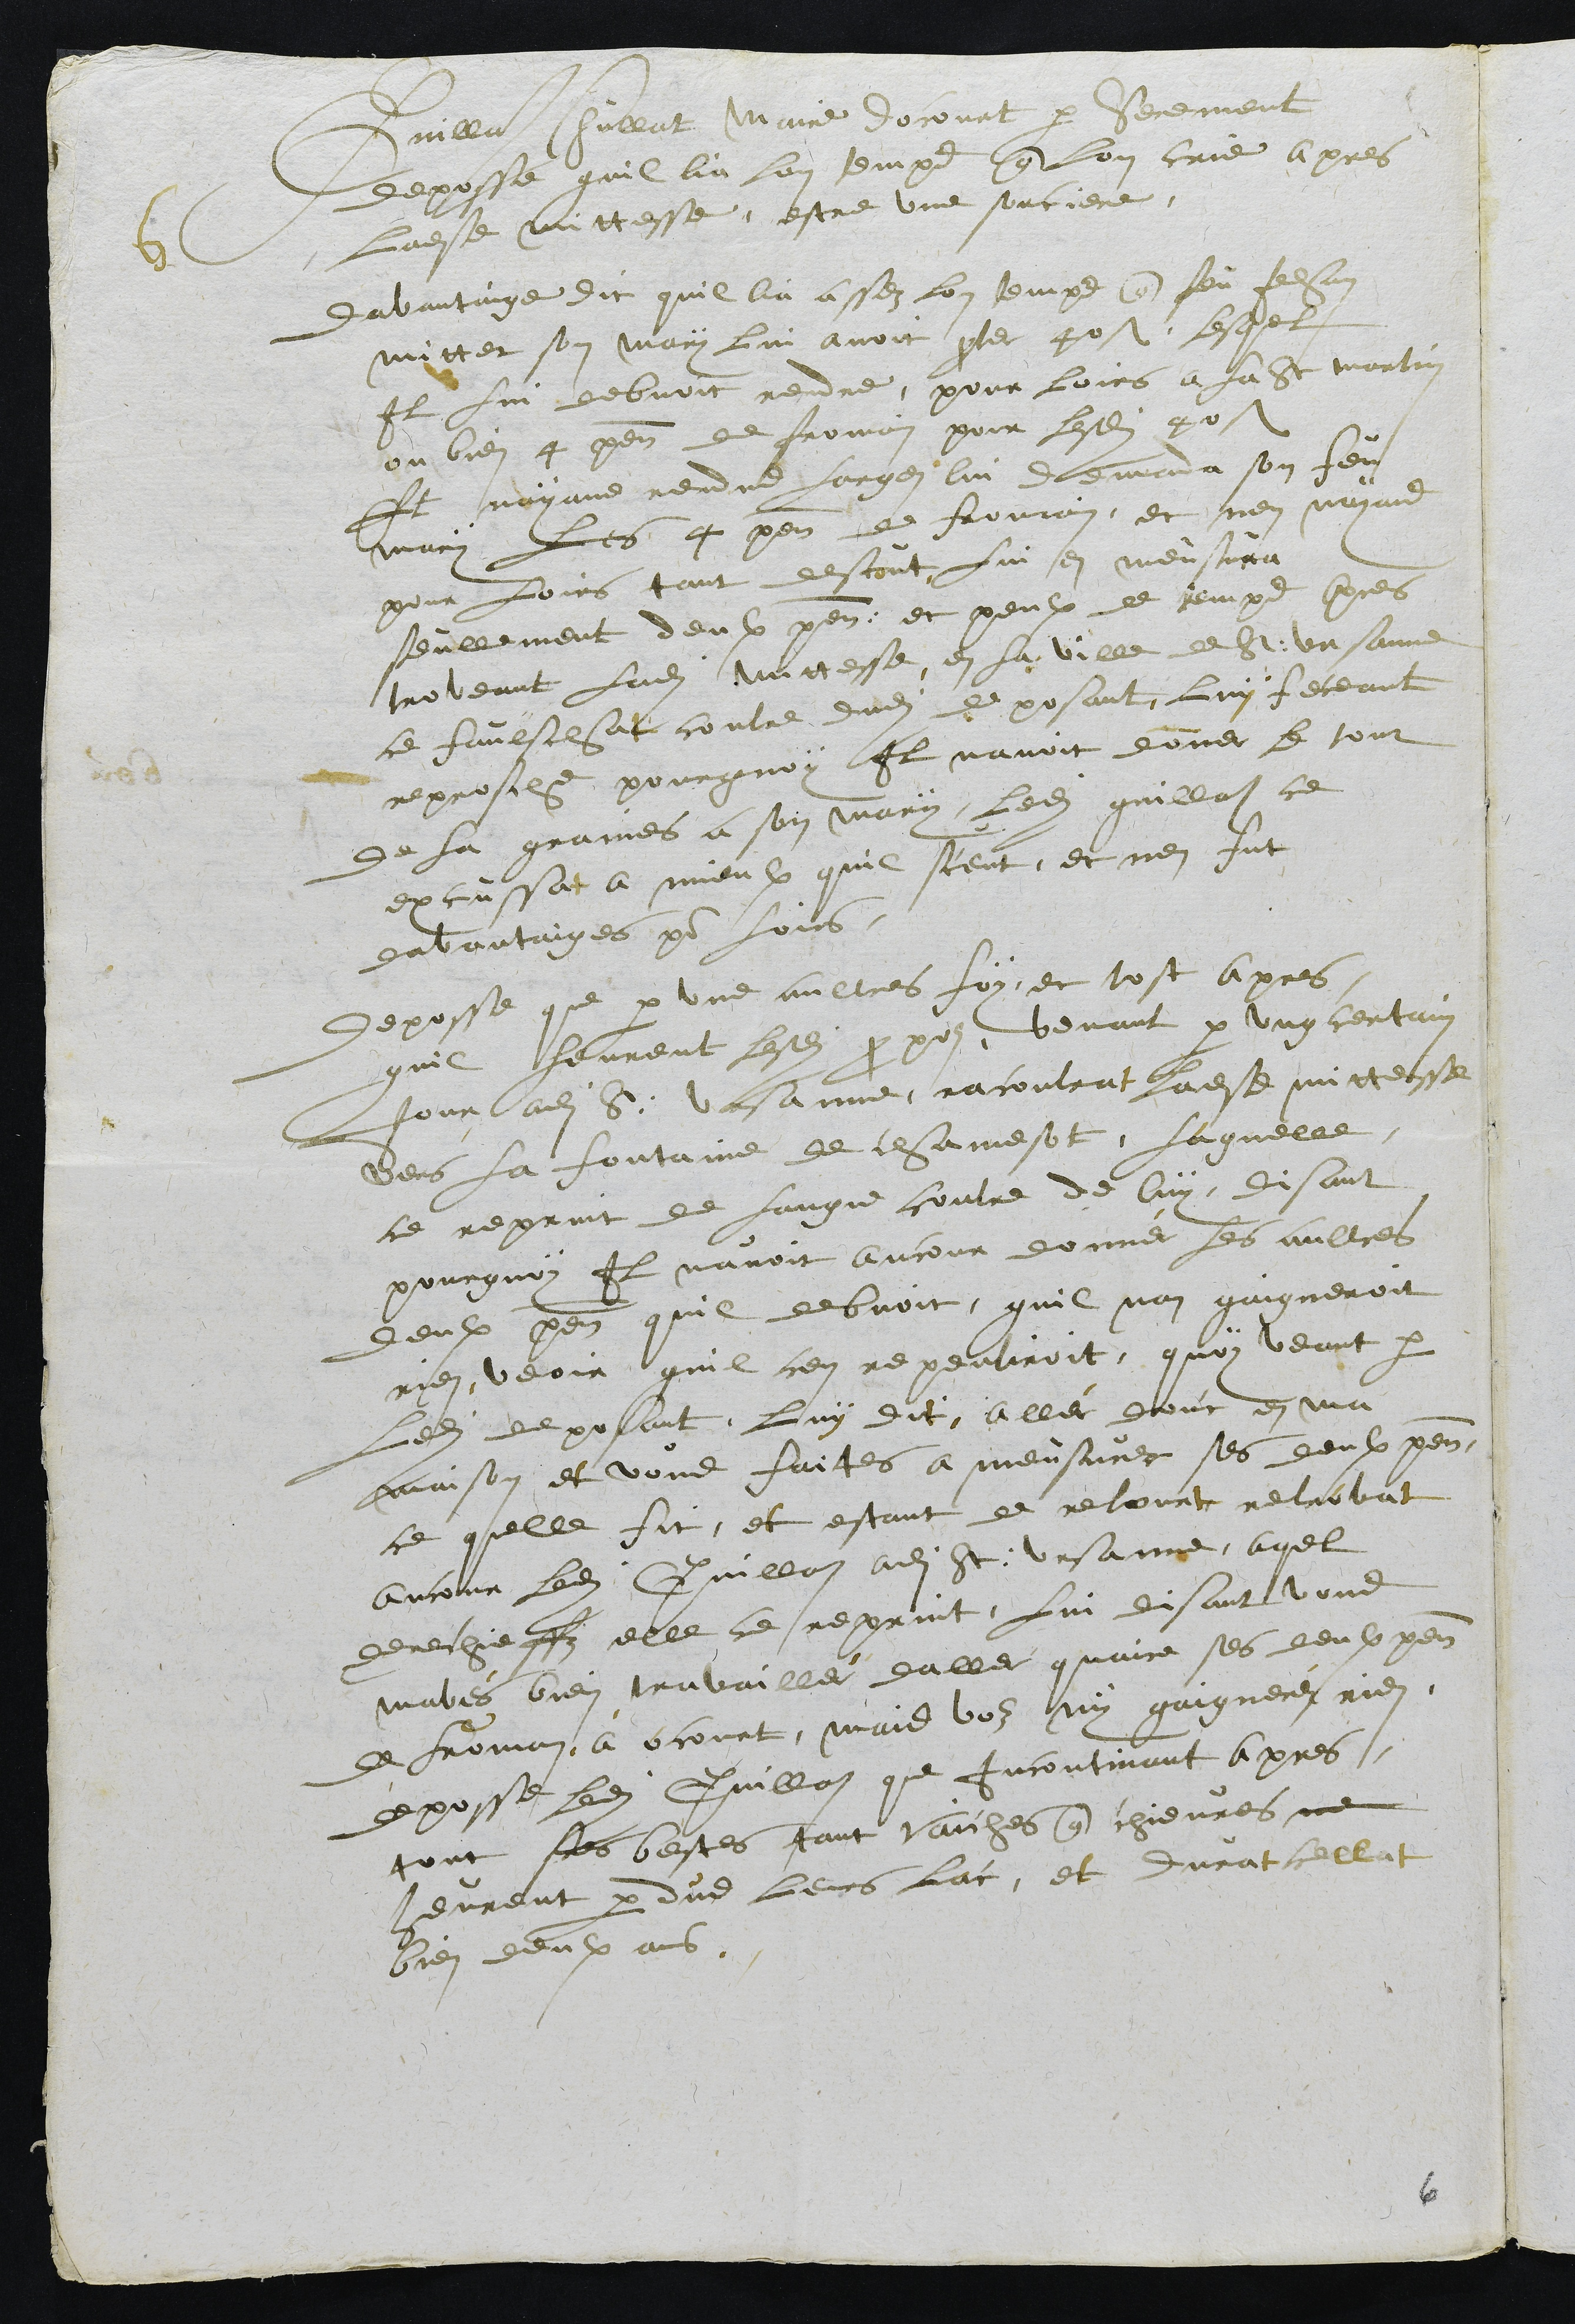
6
Guillaume Chullat Maire docourt par serement
deposse quil lia lon temps que lon crie apres
ladite mittesse, estre une sorciere.
Davantaige dit quil lia assez lon temps que feu Jehan
mittet son mary lui avoit preter 40 s. lesquel
Il lui debvoit rendre, pour loirs a la St martin
ou bien 4 penaux de fromain pour lesdits 40 s.
Et nayant rendue largen lui demanda son feu
mary les 4 penaux de fromain, et nen nayand
pour loirs tant destout lui en meusura
seullement deulx penaux et peulx de temps apres
troveant Ladite Mittesse, en la ville de St Ursanne
ce faulschat contre dudit deposant luy feceant
reprosche pourquoy Il navoit donner le tout
de la graines a son mary ledit guillot ce
excussat a mieulx quil sceut, et nen fut
davantaiges pour loirs
Deposse que par une aultres foy, et tost apres
quil heurent lesdits propos, beuvant par ung certain
jour audit S. Ursanne, racontrat ladite mittesse
vers la fontaine de chamesot, Laquelle,
ce reprint de langue contre de luy, disant
pourquoy Il navoit ancour donnér les aultres
deulx penaux quil debvoit, quil nan gaigneroit
rien, veoir quil cen repentiroit, quoy veant par
Ledit deposant luy dit, aller donc en ma
maison et vous faites a meusurer ses deulx penaux
ce quelle fit, et estant de retourt retrovat
ancour ledit Guillon audit St Ursanne, auquel
derechieffz elle ce reprint, lui disant vous
mavés bien travaillér daller quaire ses deulx penaux
de froman à  ocourt, mais voz ny gaignerés rien.
deposse ledit Guillot que incontinant apres
tout ses bestes tant vaiches que chievres ne
heurent perdue leurs lac, et durat cellat
bien deulx ans.

6